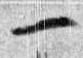
一